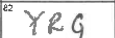
Transcription: YRG